NAE_EAOK_eestikeelsed_sunnimeetrikad, lk 150
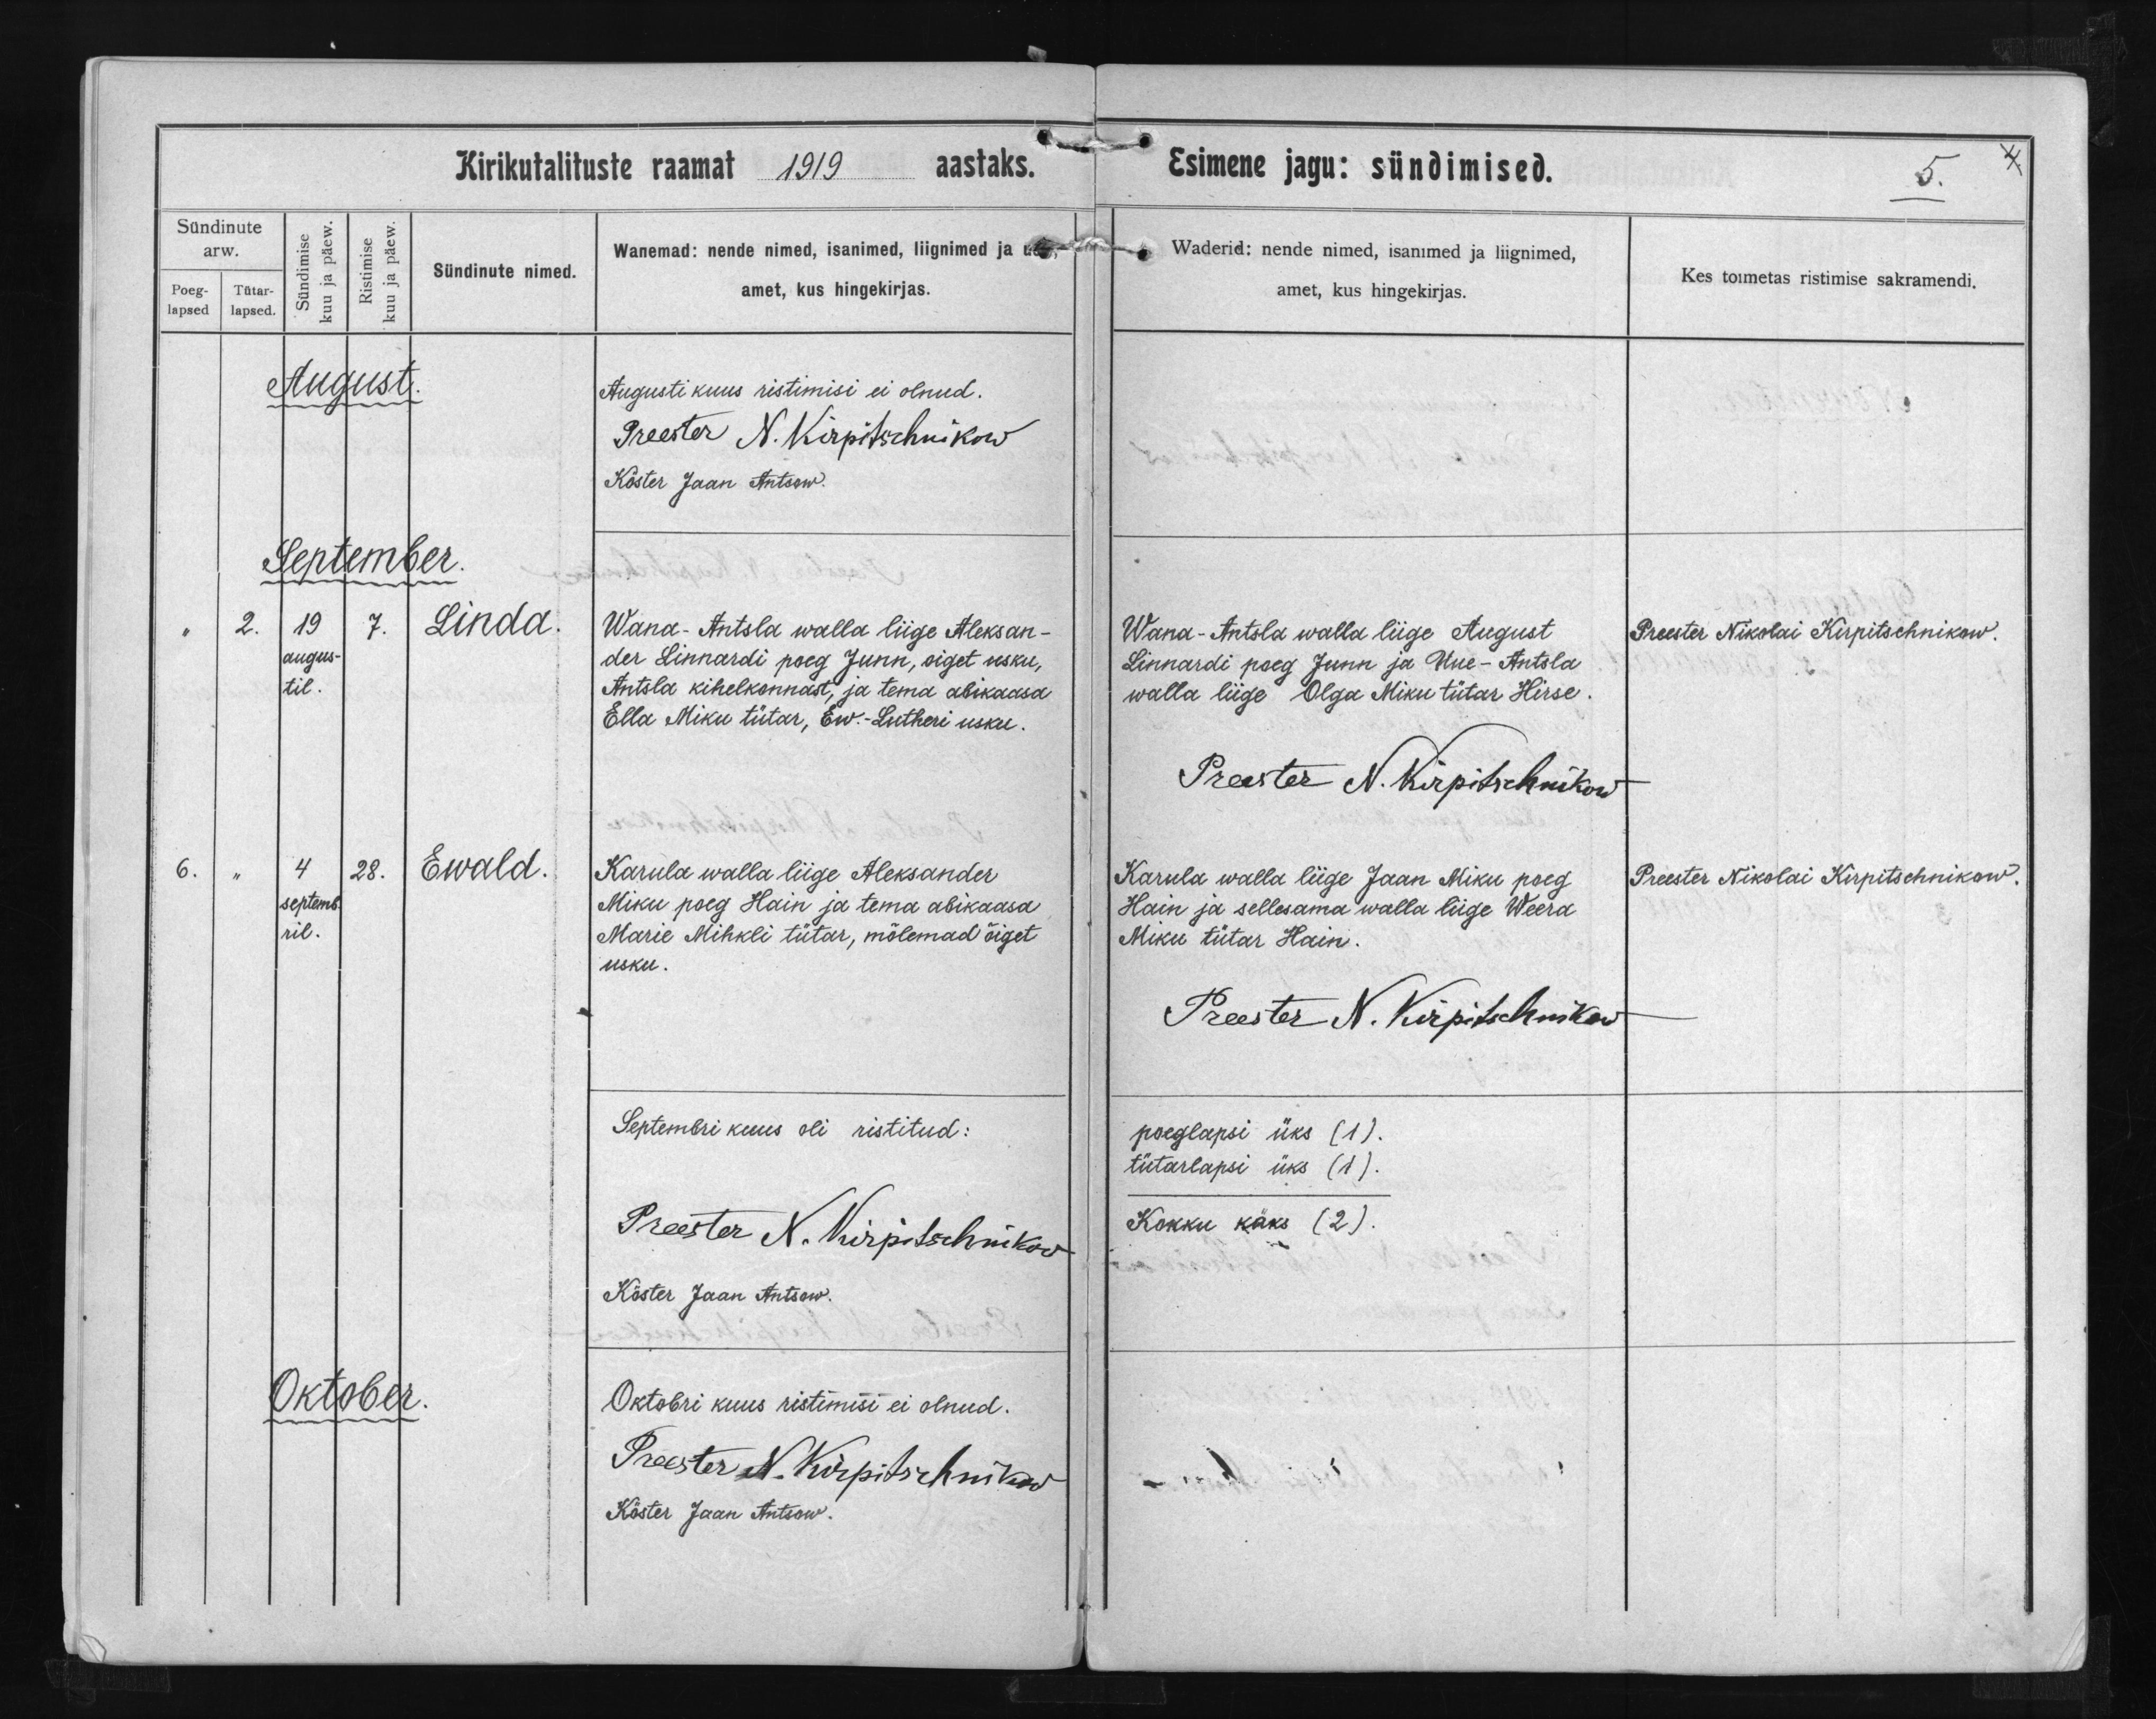
Linda

Ewald

Wana-Antsla walla liige Aleksan-
der Linnardi poeg Junn, oiget usku,
Antsla kihelkonnast, ja tema abikaasa
Ella Miku tütar, Ew.-Lutheri usku.

Karula walla liige Aleksander
Miku poeg Hain ja tema abikaasa
Marie Mihkli tütar, mõlemad õiget
usku.